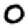
Digit: 0